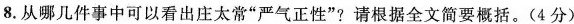
8.从哪几件事中可以看出庄太常”严气正性”?请根据全文简要概括。(4分)